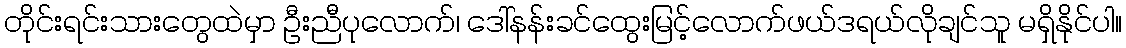
တိုင်းရင်းသားတွေထဲမှာ ဦးညီပုလောက်၊ ဒေါ်နန်းခင်ထွေးမြင့်လောက်ဖယ်ဒရယ်လိုချင်သူ မရှိနိုင်ပါ။